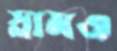
স্লামও